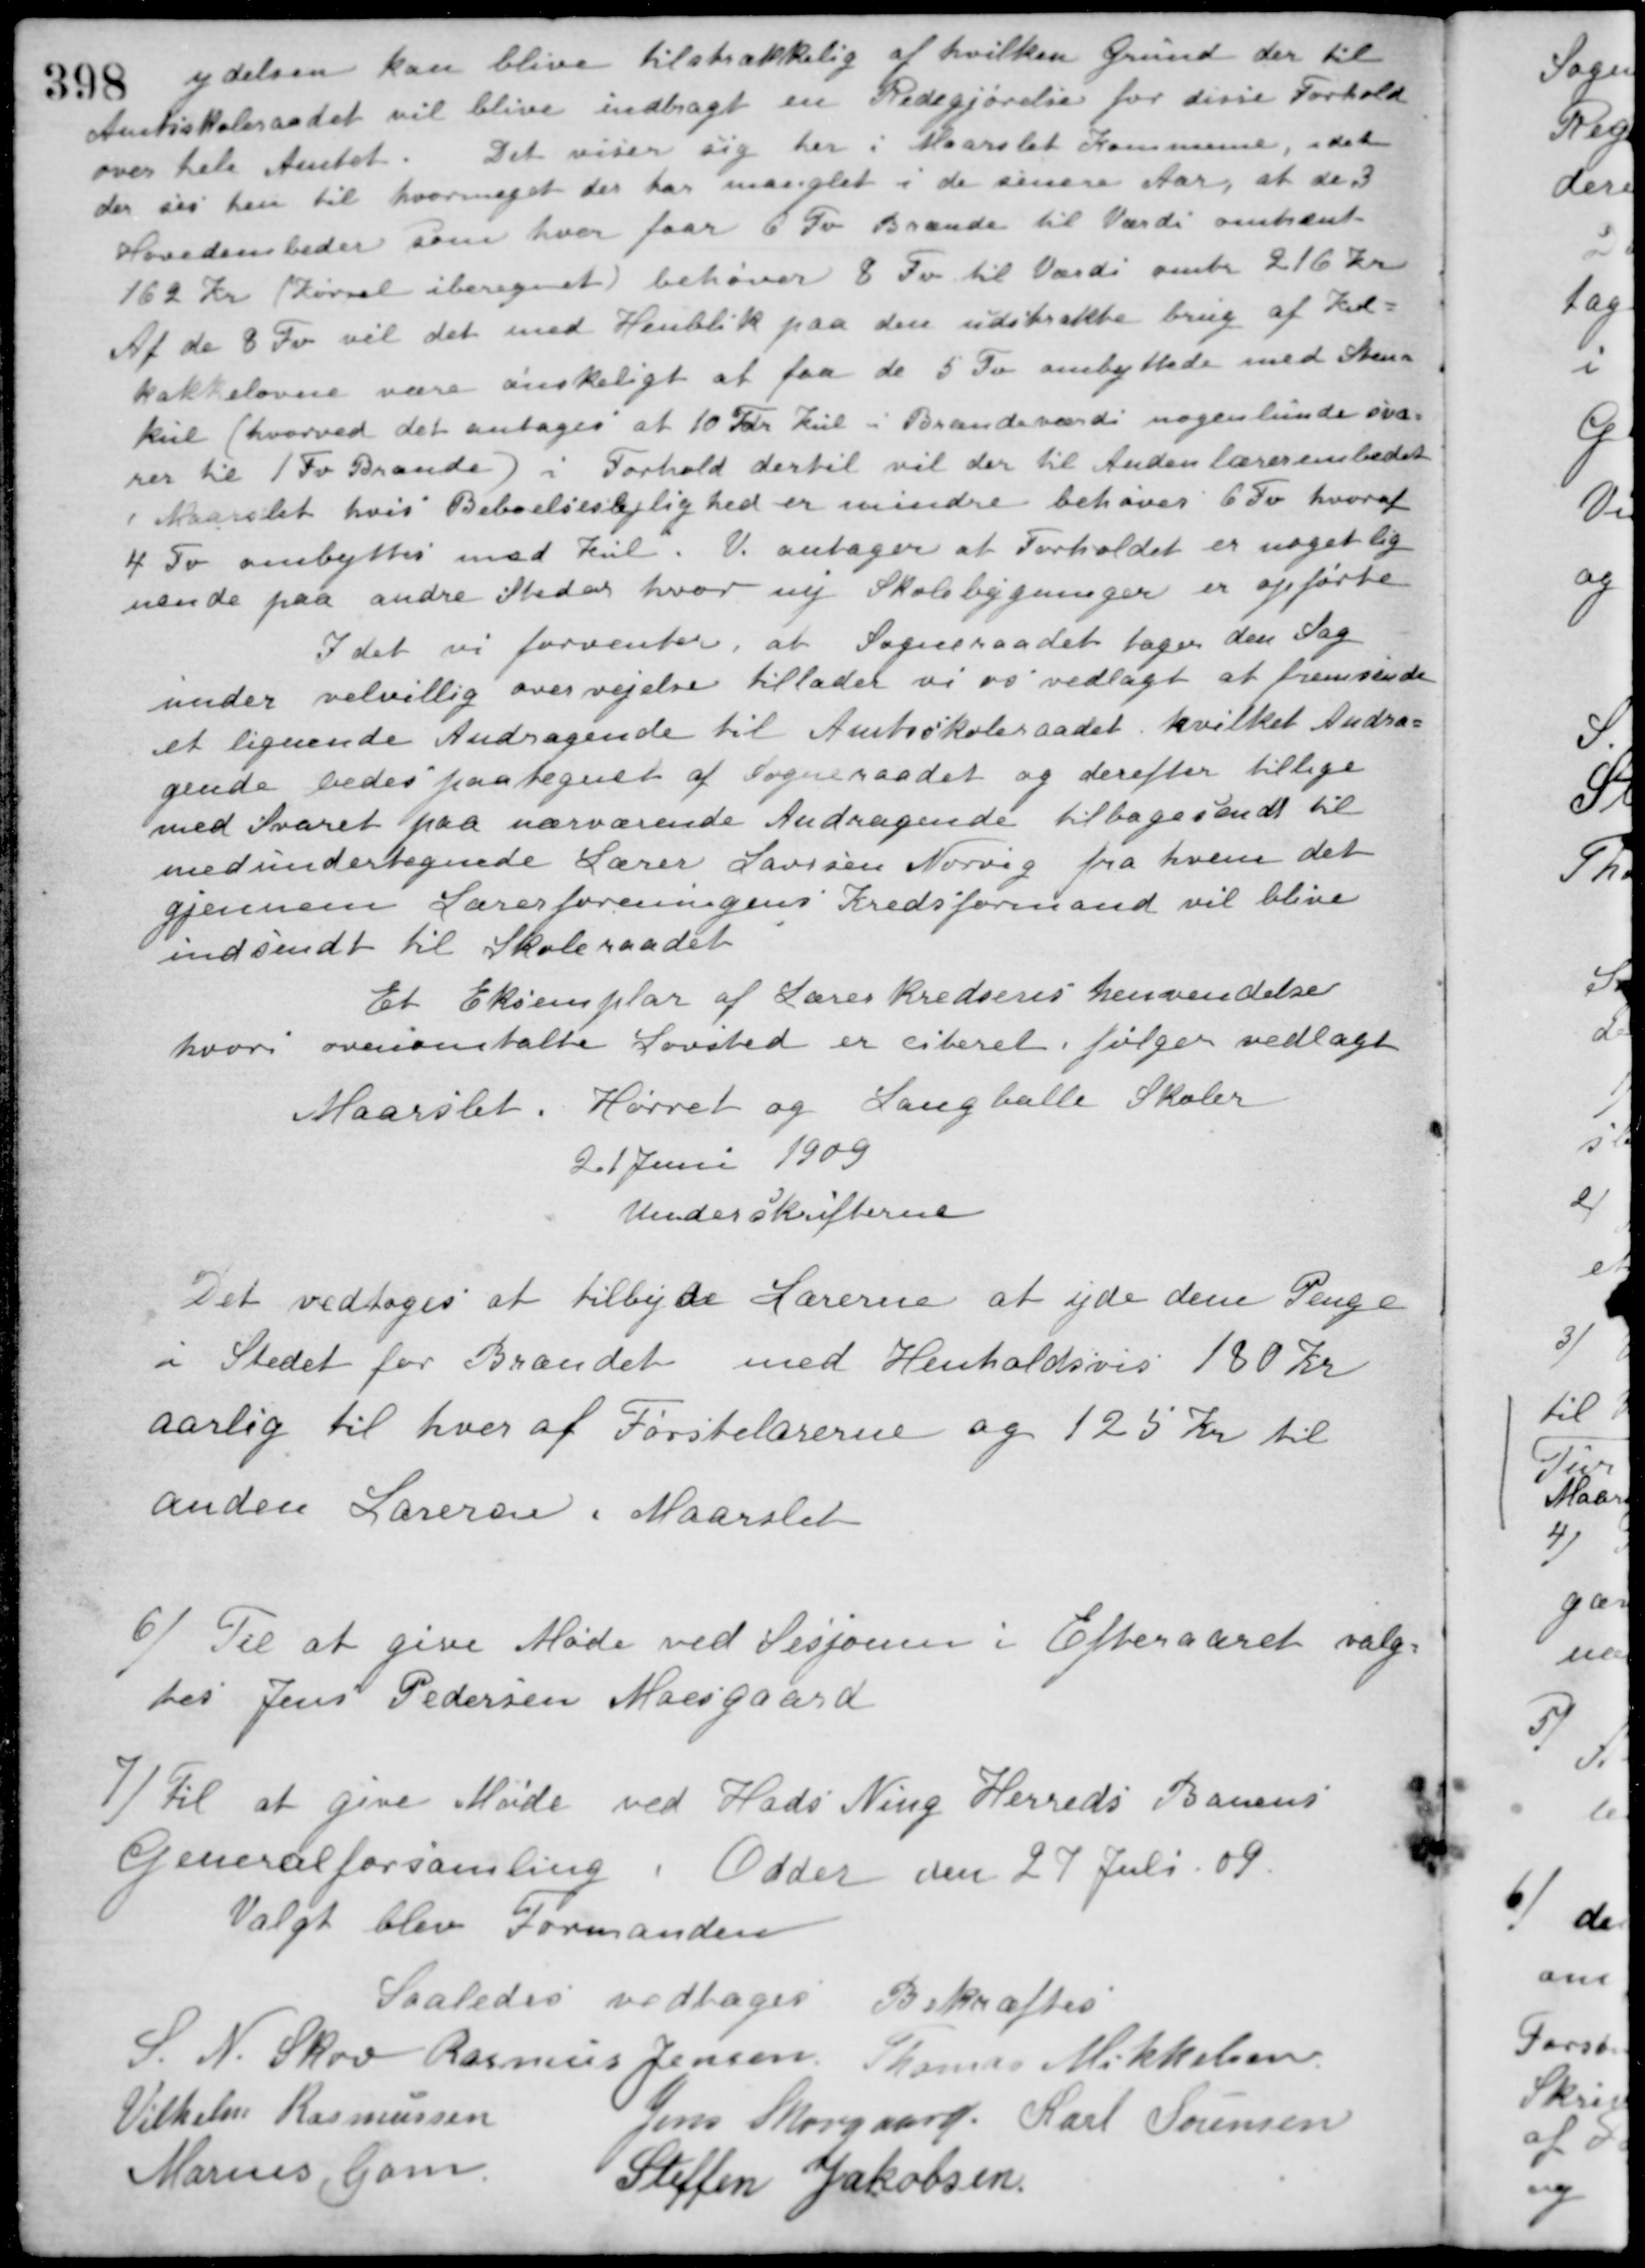
Transskription:
ydelsen kan blive tilstrækkelig af hvilken Grund der til
Amtsskoleraadet vil blive indbragt en Redegjørelse for disse Forhold
over hele Amtet. Det viser sig her i Maarslet Kommune, idet
der ses hen til hvormeget der har manglet i de senere Aar, at de 3
Hovedembeder som hver faar 6 Fv Brænde til Værdi omtrænt
162 Kr. (Kørsel iberegnet) behøver 8 Fv til Værdi omtr 216 Kr.
Af de 8 Fv vil det med Henblik paa den udstrakte brug af Kul-
kakkelovne være ønskeligt at faa de 5 Fv ombyttede med Sten-
kul (hvorved det antages at 10 Tdr. Kul i Brandeværdi nogenlunde sva-
rer til 1 Fv Brænde) i Forhold dertil vil der til Andenlærerembedet
i Maarslet hvis Beboelseslejlighed er mindre behøves 6 Fv hvoraf
4 Fv ombyttes med Kul. Vi antager at Forholdet er noget lig-
nende paa andre Steder hvor ny Skolebygninger er opførte
I det vi forventer, at Sogneraadet tager den Sag
under velvillig overvejelse tillader vi os vedlagt at fremsende
et lignende Andragende til Amtsskoleraadet hvilket Andra-
gende bedes paategnet af Sogneraadet og derefter tillige
med Svaret paa nærværende Andragende tilbagesendt til
medundertegnede Lærer Laursen Norvig fra hvem det
gjennem Lærerforeningens Kredsformand vil blive
indsendt til Skoleraadet
Et Eksemplar af Lærerkredsens henvendelse
hvori ovenomtalte Lovsted er citeret følger vedlagt
Maarslet. Hørret og Langballe Skoler
21 Juni 1909
Underskrifterne
Det vedtoges at tilbyde Lærerne at yde dem Penge
i Stedet for Brændet med Henholdsvis 180 Kr.
aarlig til hver af Førstelærerne og 125 Kr. til
anden Læreren i Maarslet
6) Til at give Møde ved Sesjonen i Efteraaret valg-
tes Jens Pedersen Moesgaard
7) Til at give Møde ved Hads Ning Herreds Banens
Generalforsamling i Odder den 27 Juli. 09.
Valgt blev Formanden
Saaledes vedtaget Bekræftes
S. N. Skov Rasmus Jensen Thomas Mikkelsen
Vilhelm Rasmussen
Jens Skovgaard Karl Sørensen
Marius Gam
Steffen Jakobsen